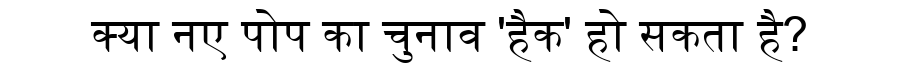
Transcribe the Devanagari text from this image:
क्या नए पोप का चुनाव 'हैक' हो सकता है?